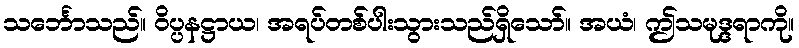
သင်္ဘောသည်။ ဝိပ္ပနဋ္ဌာယ၊ အရပ်တစ်ပါးသွားသည်ရှိသော်။ အယံ၊ ဤသမုဒ္ဒရာကို။